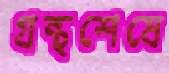
গ্রন্থশেষে